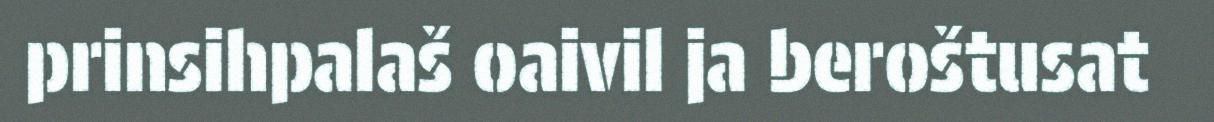
prinsihpalaš oaivil ja beroštusat